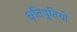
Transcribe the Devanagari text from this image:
क्षतिपूतियों